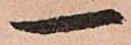
一